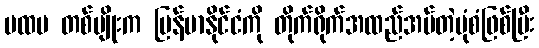
ပထမ တစ်မျိုးက မြန်မာနိုင်ငံကို တိုက်ရိုက်အထည်အပ်တဲ့ပုံစံဖြစ်ပြီး